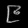
Digit: ၉